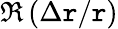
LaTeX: \Re\left(\Delta\mathtt{r}/\mathtt{r}\right)